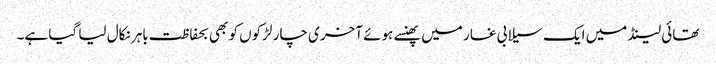
تھائی لینڈ میں ایک سیلابی غار میں پھنسے ہوئے آخری چار لڑکوں کو بھی بحفاظت باہر نکال لیا گیا ہے۔